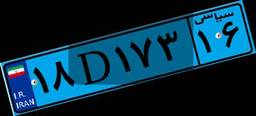
۱۸D۱۷۳۱۶